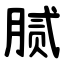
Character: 腻